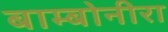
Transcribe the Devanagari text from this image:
बाम्बोनीरा